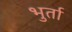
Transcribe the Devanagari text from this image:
भुर्ता